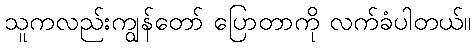
သူကလည်းကျွန်တော် ပြောတာကို လက်ခံပါတယ်။